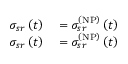
\begin{array} { r l } { \sigma _ { s r } \left( t \right) } & { { } = \sigma _ { s r } ^ { \left( \mathrm { N P } \right) } \left( t \right) } \\ { \sigma _ { s r } \left( t \right) } & { { } = \sigma _ { s r } ^ { \left( \mathrm { N P } \right) } \left( t \right) } \end{array}